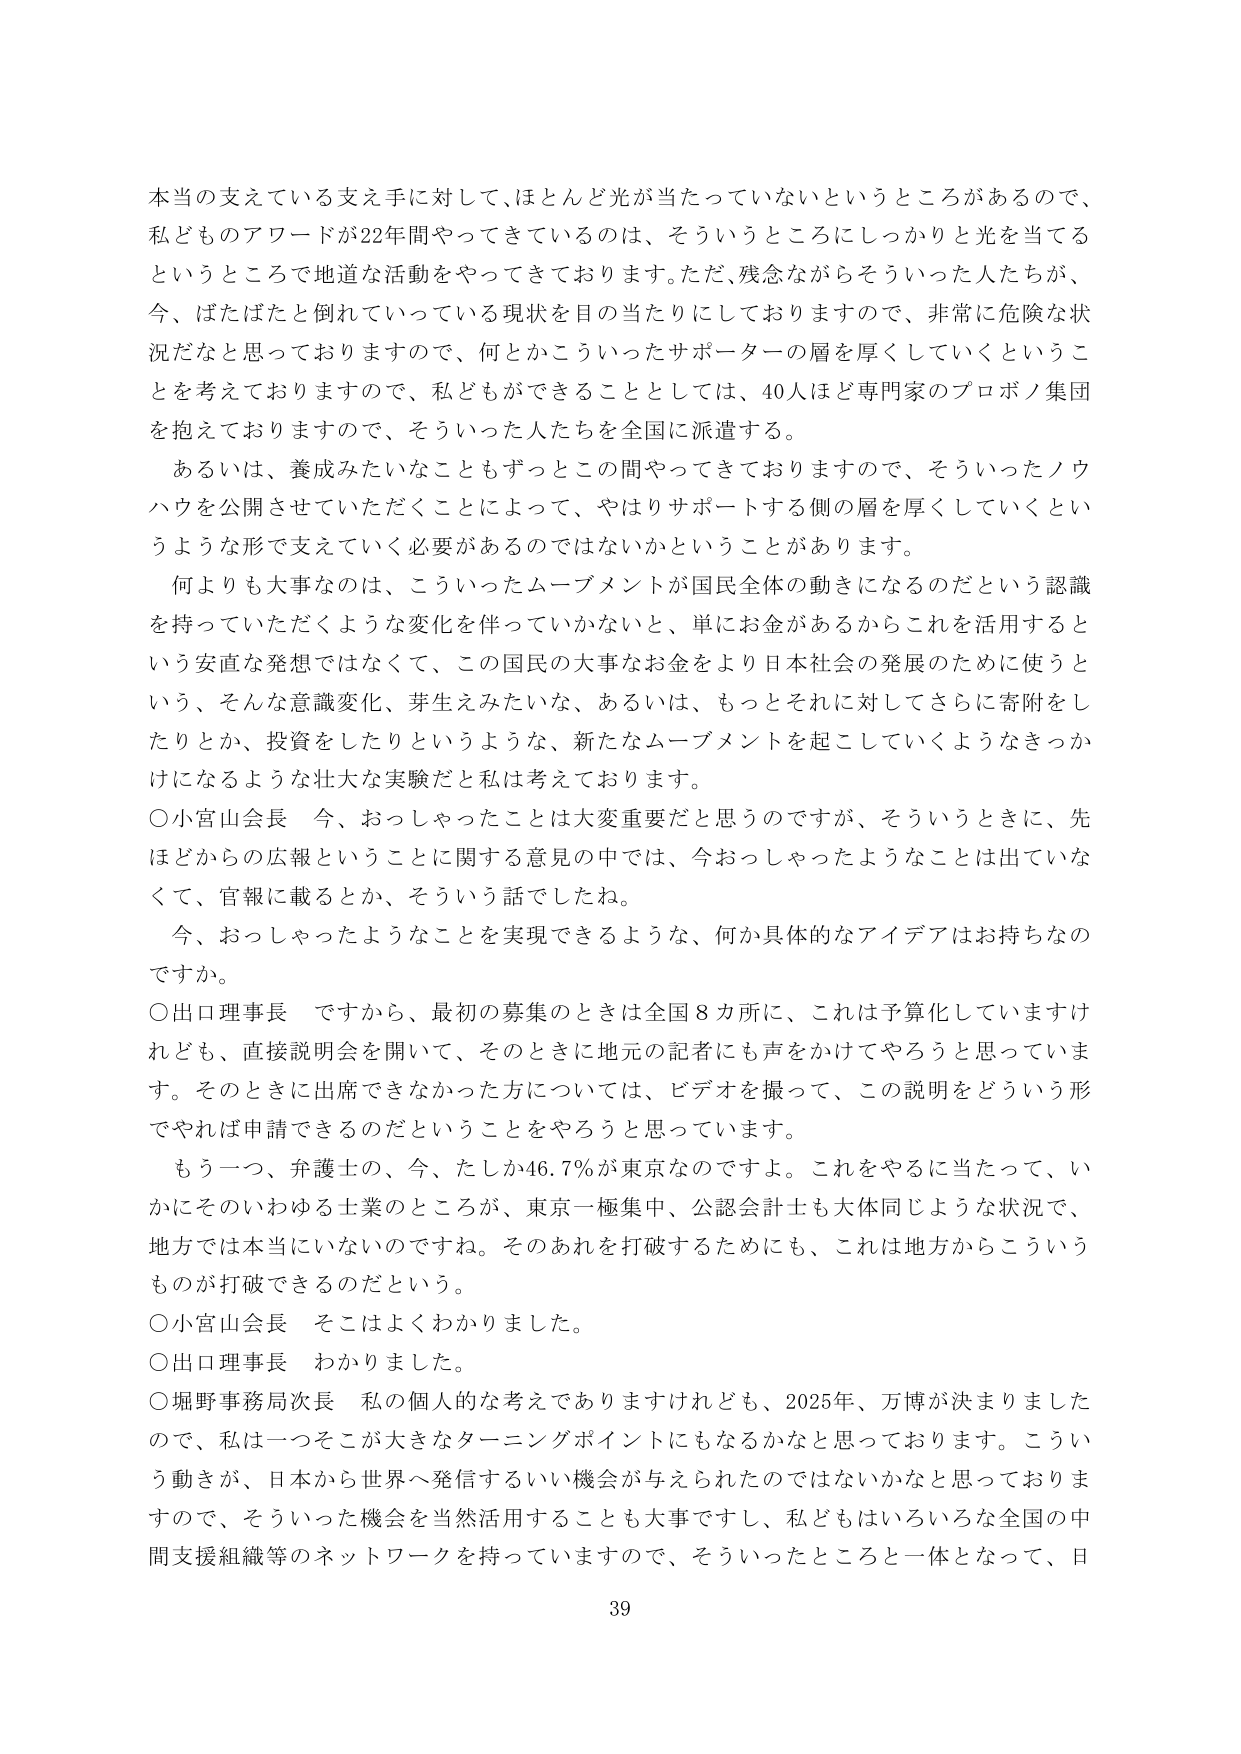
本当の支えている支え手に対して、ほとんど光が当たっていないというところがあるので、
私どものアワードが22年間やってきているのは、そういうところにしっかり光を当てる
というところで地道な活動をやってきております。ただ、残念ながらそういった人たちが、
今、ばたばたと倒れていっている現状を目の当たりにしておりますので、非常に危険な状
況だなと思っておりますので、何とかこういったサポーターの層を厚くしていくというこ
とを考えておりますので、私どもができることとしては、40人ほど専門家のプロポノ集団
を抱えておりますので、そういった人たちを全国に派遣する。

あるいは、養成みたいなこともずっとこの間やってきておりますので、そういったノウ
ハウを公開させていただくことによって、やはりサポートする側の層を厚くしていくとい
うような形で支えていく必要があるのではないかということがあります。

何よりも大事なのは、こういったムーブメントが国民全体の動きになるのだという認識
を持っていただくような変化を伴っていかないと、単にお金があるからこれを活用すると
いう安直な発想ではなくて、この国民の大事なお金をより日本社会の発展のために使うと
いう、そんな意識変化、芽生えみたいな、あるいは、もっとそれに対してさらに寄附をし
たりとか、投資をしたりというような、新たなムーブメントを起こしていくようなきっか
けになるような壮大な実験だと私は考えております。

○小宮山会長　今、おっしゃったことは大変重要だと思うのですが、そういうときに、先
ほどからの広報ということに関する意見の中では、今おっしゃったようなことは出ていな
くて、官報に載るとか、そういう話でしたね。

今、おっしゃったようなことを実現できるような、何か具体的なアイデアはお持ちなの
ですか。

○出口理事長　ですから、最初の募集のときは全国8カ所に、これは予算化していますけ
れども、直接説明会を開いて、そのときに地元の記者にも声をかけてやろうと思っていま
す。そのときに出席できなかった方については、ビデオを撮って、この説明をどういう形
でやれば申請できるのだということをやろうと思っています。

もう一つ、弁護士の、今、たしか46.7％が東京なのですよ。これをやるに当たって、い
かにそのいわゆる士業のところが、東京一極集中、公認会計士も大体同じような状況で、
地方では本当にないのですね。そのあれを打破するためにも、これは地方からこういう
ものが打破できるのだという。

○小宮山会長　そこはよくわかりました。

○出口理事長　わかりました。

○堀野事務局次長　私の個人的な考えでありますけれども、2025年、万博が決まりました
ので、私は一つそこが大きなターニングポイントになるかなと思っております。こうい
う動きが、日本から世界へ発信するいい機会が与えられたのではないかと思っておりま
すので、そういった機会を当然活用することも大事ですし、私どもはいろいろな全国の中
間支援組織等のネットワークを持っていますので、そういったところと一体となって、日

39